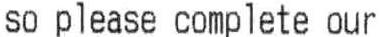
SO PLEASE COMPLETE OUR